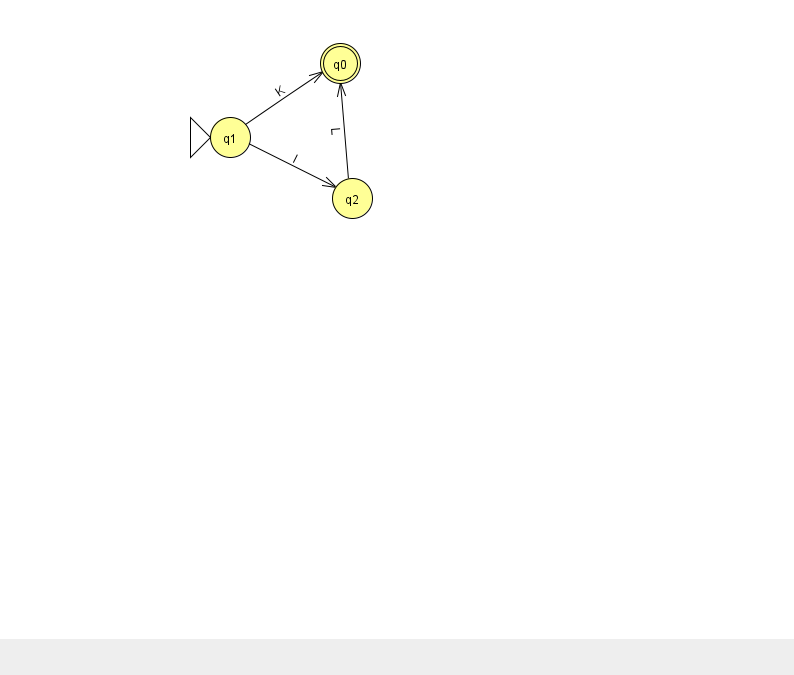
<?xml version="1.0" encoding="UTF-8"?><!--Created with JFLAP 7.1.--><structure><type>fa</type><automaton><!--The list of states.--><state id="0" name="q0"><x>340.0</x><y>50.0</y><final/></state><state id="1" name="q1"><x>230.0</x><y>124.0</y><initial/></state><state id="2" name="q2"><x>352.0</x><y>185.0</y></state><!--The list of transitions.--><transition><from>1</from><to>0</to><read>K</read></transition><transition><from>2</from><to>0</to><read>L</read></transition><transition><from>1</from><to>2</to><read>I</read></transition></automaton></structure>